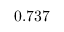
0 . 7 3 7 ^ { }